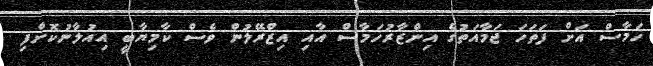
ހަމާސް އަށް ފަތަހަ ޖަމާއަތުގެ އިންޒާރުހަމާސް އާއި އިޒްރޭލުން ވެސް ކާމިޔާބީ އިއުލާނުކޮށްފި